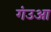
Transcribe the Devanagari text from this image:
गंउआ